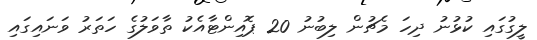
ލީގުގައި ކުޅުނު ދިހަ މެޗުން ލިބުނު 20 ޕޮއިންޓާއެކު ތާވަލުގެ ހަތަރު ވަނައިގައި